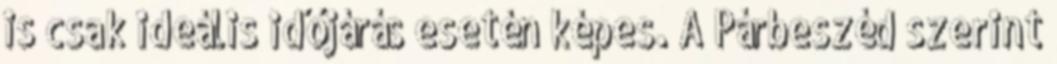
is csak ideális időjárás esetén képes. A Párbeszéd szerint